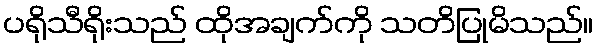
ပရိုသီရိုးသည် ထိုအချက်ကို သတိပြုမိသည်။